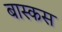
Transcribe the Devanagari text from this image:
बास्कस